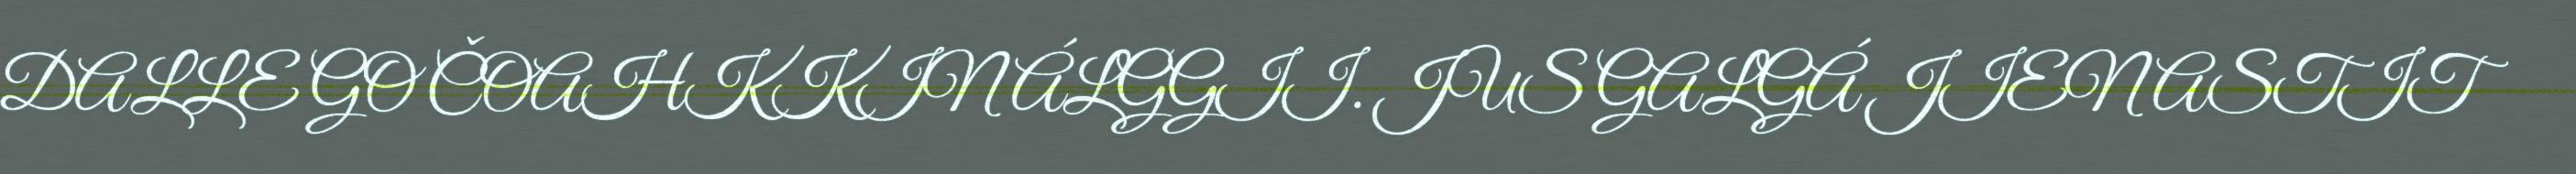
DALLE GO ČOAHKKIN ÁLGGII. JUS GALGÁ JIENASTIT